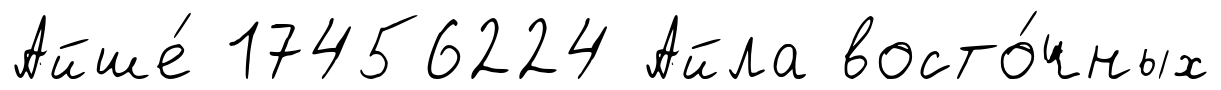
Айше́ 17456224 Айла восто́чных